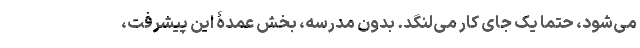
می‌شود، حتماً یک جای کار می‌لنگد. بدون مدرسه، بخش عمدۀ این پیشرفت،